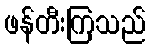
ဖန်တီးကြသည်